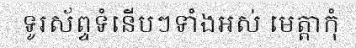
ទូរស័ព្ទទំនើបៗទាំងអស់ មេត្តាកុំ